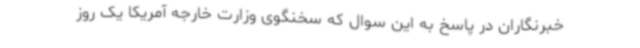
خبرنگاران در پاسخ به این سوال که سخنگوی وزارت خارجه آمریکا یک روز